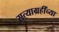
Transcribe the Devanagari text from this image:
सत्याग्रहींच्या